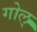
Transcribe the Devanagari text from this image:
गोल्